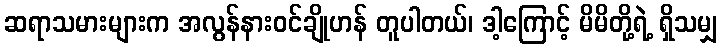
ဆရာသမားများက အလွန်နားဝင်ချိုဟန် တူပါတယ်၊ ဒါ့ကြောင့် မိမိတို့ရဲ့ ရှိသမျှ